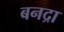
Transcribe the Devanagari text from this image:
बनद्रा